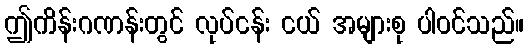
ဤကိန်းဂဏန်းတွင် လုပ်ငန်း ငယ် အများစု ပါဝင်သည်။